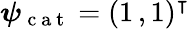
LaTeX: \boldsymbol\psi_{\mathrm{~c~a~t~}}=(1\, ,1)^{\intercal}